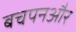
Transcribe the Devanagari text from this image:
बचपनऔर